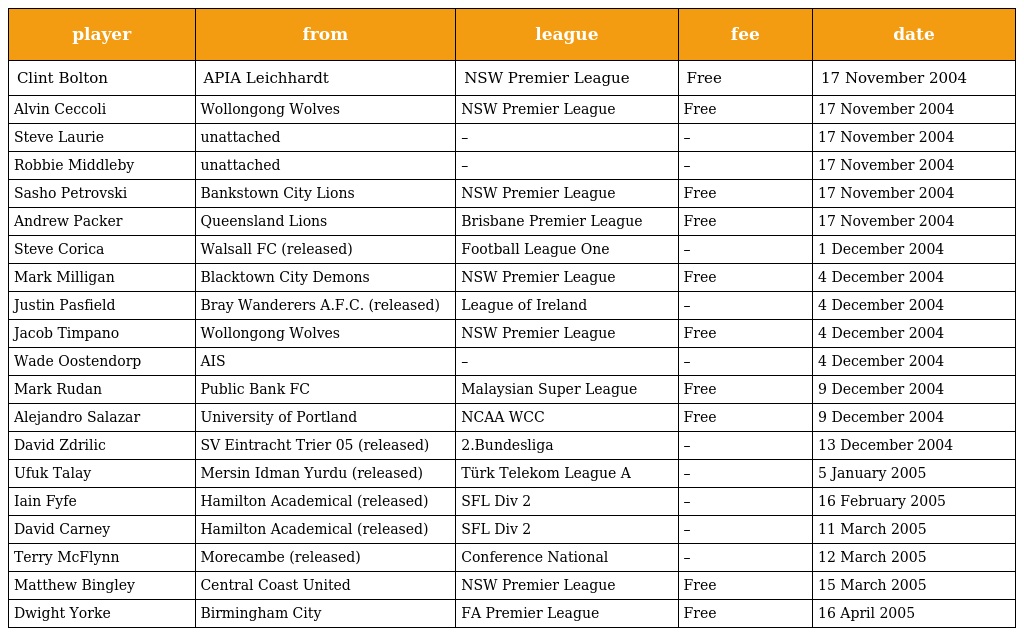
| player | from | league | fee | date |
 | --- | --- | --- | --- | --- |
 | Clint Bolton | APIA Leichhardt | NSW Premier League | Free | 17 November 2004 |
 | Alvin Ceccoli | Wollongong Wolves | NSW Premier League | Free | 17 November 2004 |
 | Steve Laurie | unattached | – | – | 17 November 2004 |
 | Robbie Middleby | unattached | – | – | 17 November 2004 |
 | Sasho Petrovski | Bankstown City Lions | NSW Premier League | Free | 17 November 2004 |
 | Andrew Packer | Queensland Lions | Brisbane Premier League | Free | 17 November 2004 |
 | Steve Corica | Walsall FC (released) | Football League One | – | 1 December 2004 |
 | Mark Milligan | Blacktown City Demons | NSW Premier League | Free | 4 December 2004 |
 | Justin Pasfield | Bray Wanderers A.F.C. (released) | League of Ireland | – | 4 December 2004 |
 | Jacob Timpano | Wollongong Wolves | NSW Premier League | Free | 4 December 2004 |
 | Wade Oostendorp | AIS | – | – | 4 December 2004 |
 | Mark Rudan | Public Bank FC | Malaysian Super League | Free | 9 December 2004 |
 | Alejandro Salazar | University of Portland | NCAA WCC | Free | 9 December 2004 |
 | David Zdrilic | SV Eintracht Trier 05 (released) | 2.Bundesliga | – | 13 December 2004 |
 | Ufuk Talay | Mersin Idman Yurdu (released) | Türk Telekom League A | – | 5 January 2005 |
 | Iain Fyfe | Hamilton Academical (released) | SFL Div 2 | – | 16 February 2005 |
 | David Carney | Hamilton Academical (released) | SFL Div 2 | – | 11 March 2005 |
 | Terry McFlynn | Morecambe (released) | Conference National | – | 12 March 2005 |
 | Matthew Bingley | Central Coast United | NSW Premier League | Free | 15 March 2005 |
 | Dwight Yorke | Birmingham City | FA Premier League | Free | 16 April 2005 |